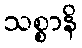
သစ္စာနိ